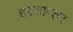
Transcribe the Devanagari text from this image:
हस्तान्तर